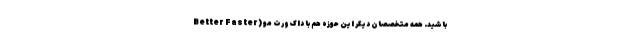
Better Faster) باشید. همهٔ متخصصان دیگر این حوزه هم با داک‌ورت مو